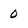
Character: 0